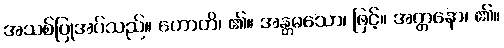
အသစ်ပြုအပ်သည်။ ဟောတိ၊ ၏။ အန္တမသော၊ ဖြင့်။ အတ္တနော၊ ၏။